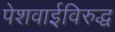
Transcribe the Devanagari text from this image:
पेशवाईविरुद्ध